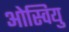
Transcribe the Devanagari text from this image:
ओस्वियु